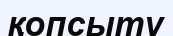
қопсыту